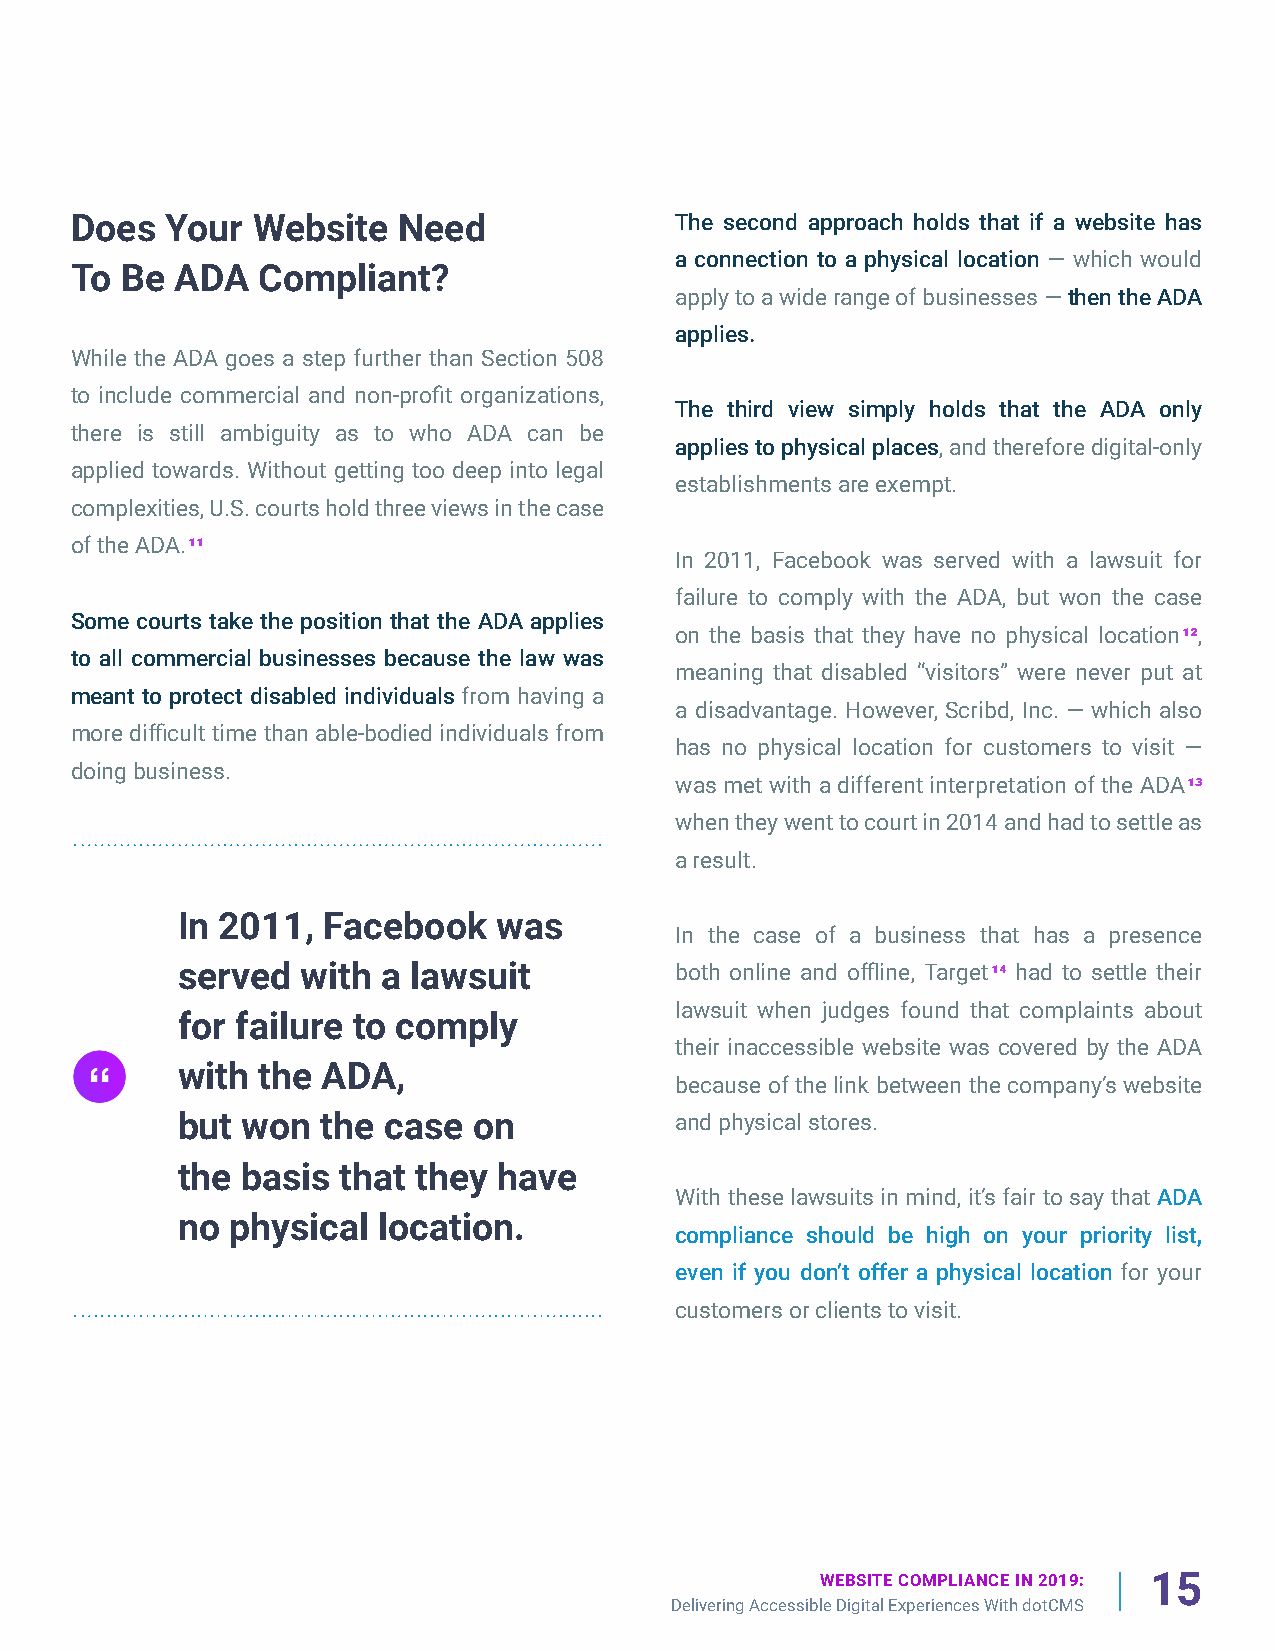
Does  Your  Website  Need               The second approach holds that if a website has
 a connection to a physical location — which would
 To Be  ADA  Compliant?
 apply to a wide range of businesses — then the ADA
 applies.
 While the ADA goes a step further than Section 508
 to include commercial and non-profit organizations,
 The third view simply holds that the ADA only
 there is still ambiguity as to who ADA can be
 applies to physical places, and therefore digital-only
 applied towards. Without getting too deep into legal
 establishments are exempt.
 complexities, U.S. courts hold three views in the case
 of the ADA.11
 In 2011, Facebook was served with a lawsuit for
 failure to comply with the ADA, but won the case
 Some courts take the position that the ADA applies
 on the basis that they have no physical location12,
 to all commercial businesses because the law was
 meaning that disabled “visitors” were never put at
 meant to protect disabled individuals from having a
 a disadvantage. However, Scribd, Inc. — which also
 more difficult time than able-bodied individuals from
 has no physical location for customers to visit —
 doing business.
 was met with a different interpretation of the ADA13
 when they went to court in 2014 and had to settle as
 a result.
 In 2011, Facebook    was
 In the case of a business that has a presence
 served  with a lawsuit           both online and offline, Target14 had to settle their
 lawsuit when judges found that complaints about
 for failure to comply
 their inaccessible website was covered by the ADA
 with the ADA,
 because of the link between the company’s website
 but won  the case  on            and physical stores.
 the basis  that they have
 With these lawsuits in mind, it’s fair to say that ADA
 no physical  location.
 compliance should be high on your priority list,
 even if you don’t offer a physical location for your
 customers or clients to visit.
 WEBSITE COMPLIANCE IN 2019: 15
 Delivering Accessible Digital Experiences With dotCMS